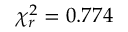
\chi _ { r } ^ { 2 } = 0 . 7 7 4